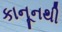
કાનૂનથી